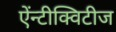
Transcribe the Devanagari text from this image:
ऐंन्टीक्विटीज